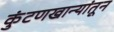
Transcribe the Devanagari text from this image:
कुंटणखान्यांतून